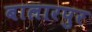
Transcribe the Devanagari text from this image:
बालारपुर